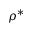
\rho ^ { * }